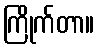
ကြိုက်တာ။